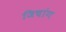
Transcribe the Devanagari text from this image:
जिचांग